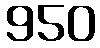
950